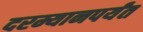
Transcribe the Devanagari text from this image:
दरम्यानपर्यंत